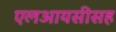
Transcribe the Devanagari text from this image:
एलआयसीसह